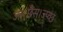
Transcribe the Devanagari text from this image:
ज्त्।छैस्।ज्प्व्छ